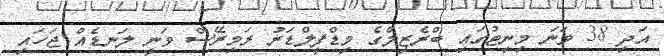
އަދި 38 ވަނަ މިނިޓުގައި ބްރެޒިލްގެ މިޑްފީލްޑަރު ރަމިރޭސް ވަނީ ލަނޑެއް ޖަހައި